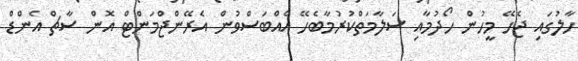
ހާލުގައި ޖެހޭ މީހުން ހޯދުމާއި ސަލާމަތްކުރުމާބެހޭ އެއްބަސްވުން އެރޭންޖްމަންޓް އޮން ސާޗް އެންޑް